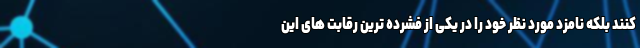
کنند بلکه نامزد مورد نظر خود را در یکی از فشرده ترین رقابت های این